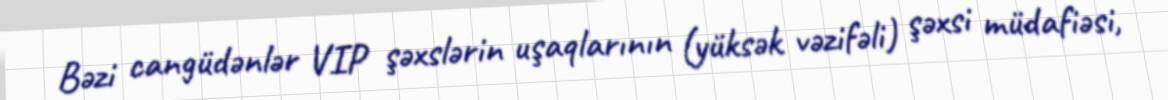
Bəzi cangüdənlər VIP şəxslərin uşaqlarının (yüksək vəzifəli) şəxsi müdafiəsi,